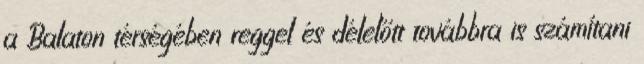
a Balaton térségében reggel és délelőtt továbbra is számítani